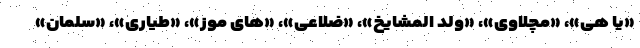
«یا هی»، «مچلاوی»، «ولد المشایخ»، «ضلاعی»، «های موز»، «طیاری»، «سلمان»